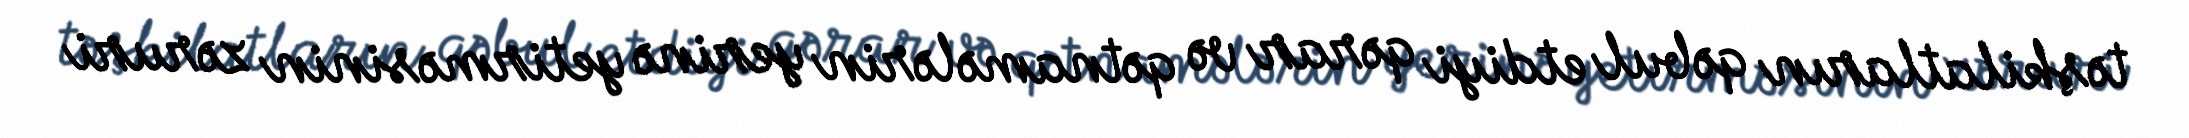
təşkilatların qəbul etdiyi qərar və qətnamələrin yerinə yetirməsinin zəruri